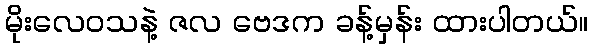
မိုးလေဝသနဲ့ ဇလ ဗေဒက ခန့်မှန်း ထားပါတယ်။